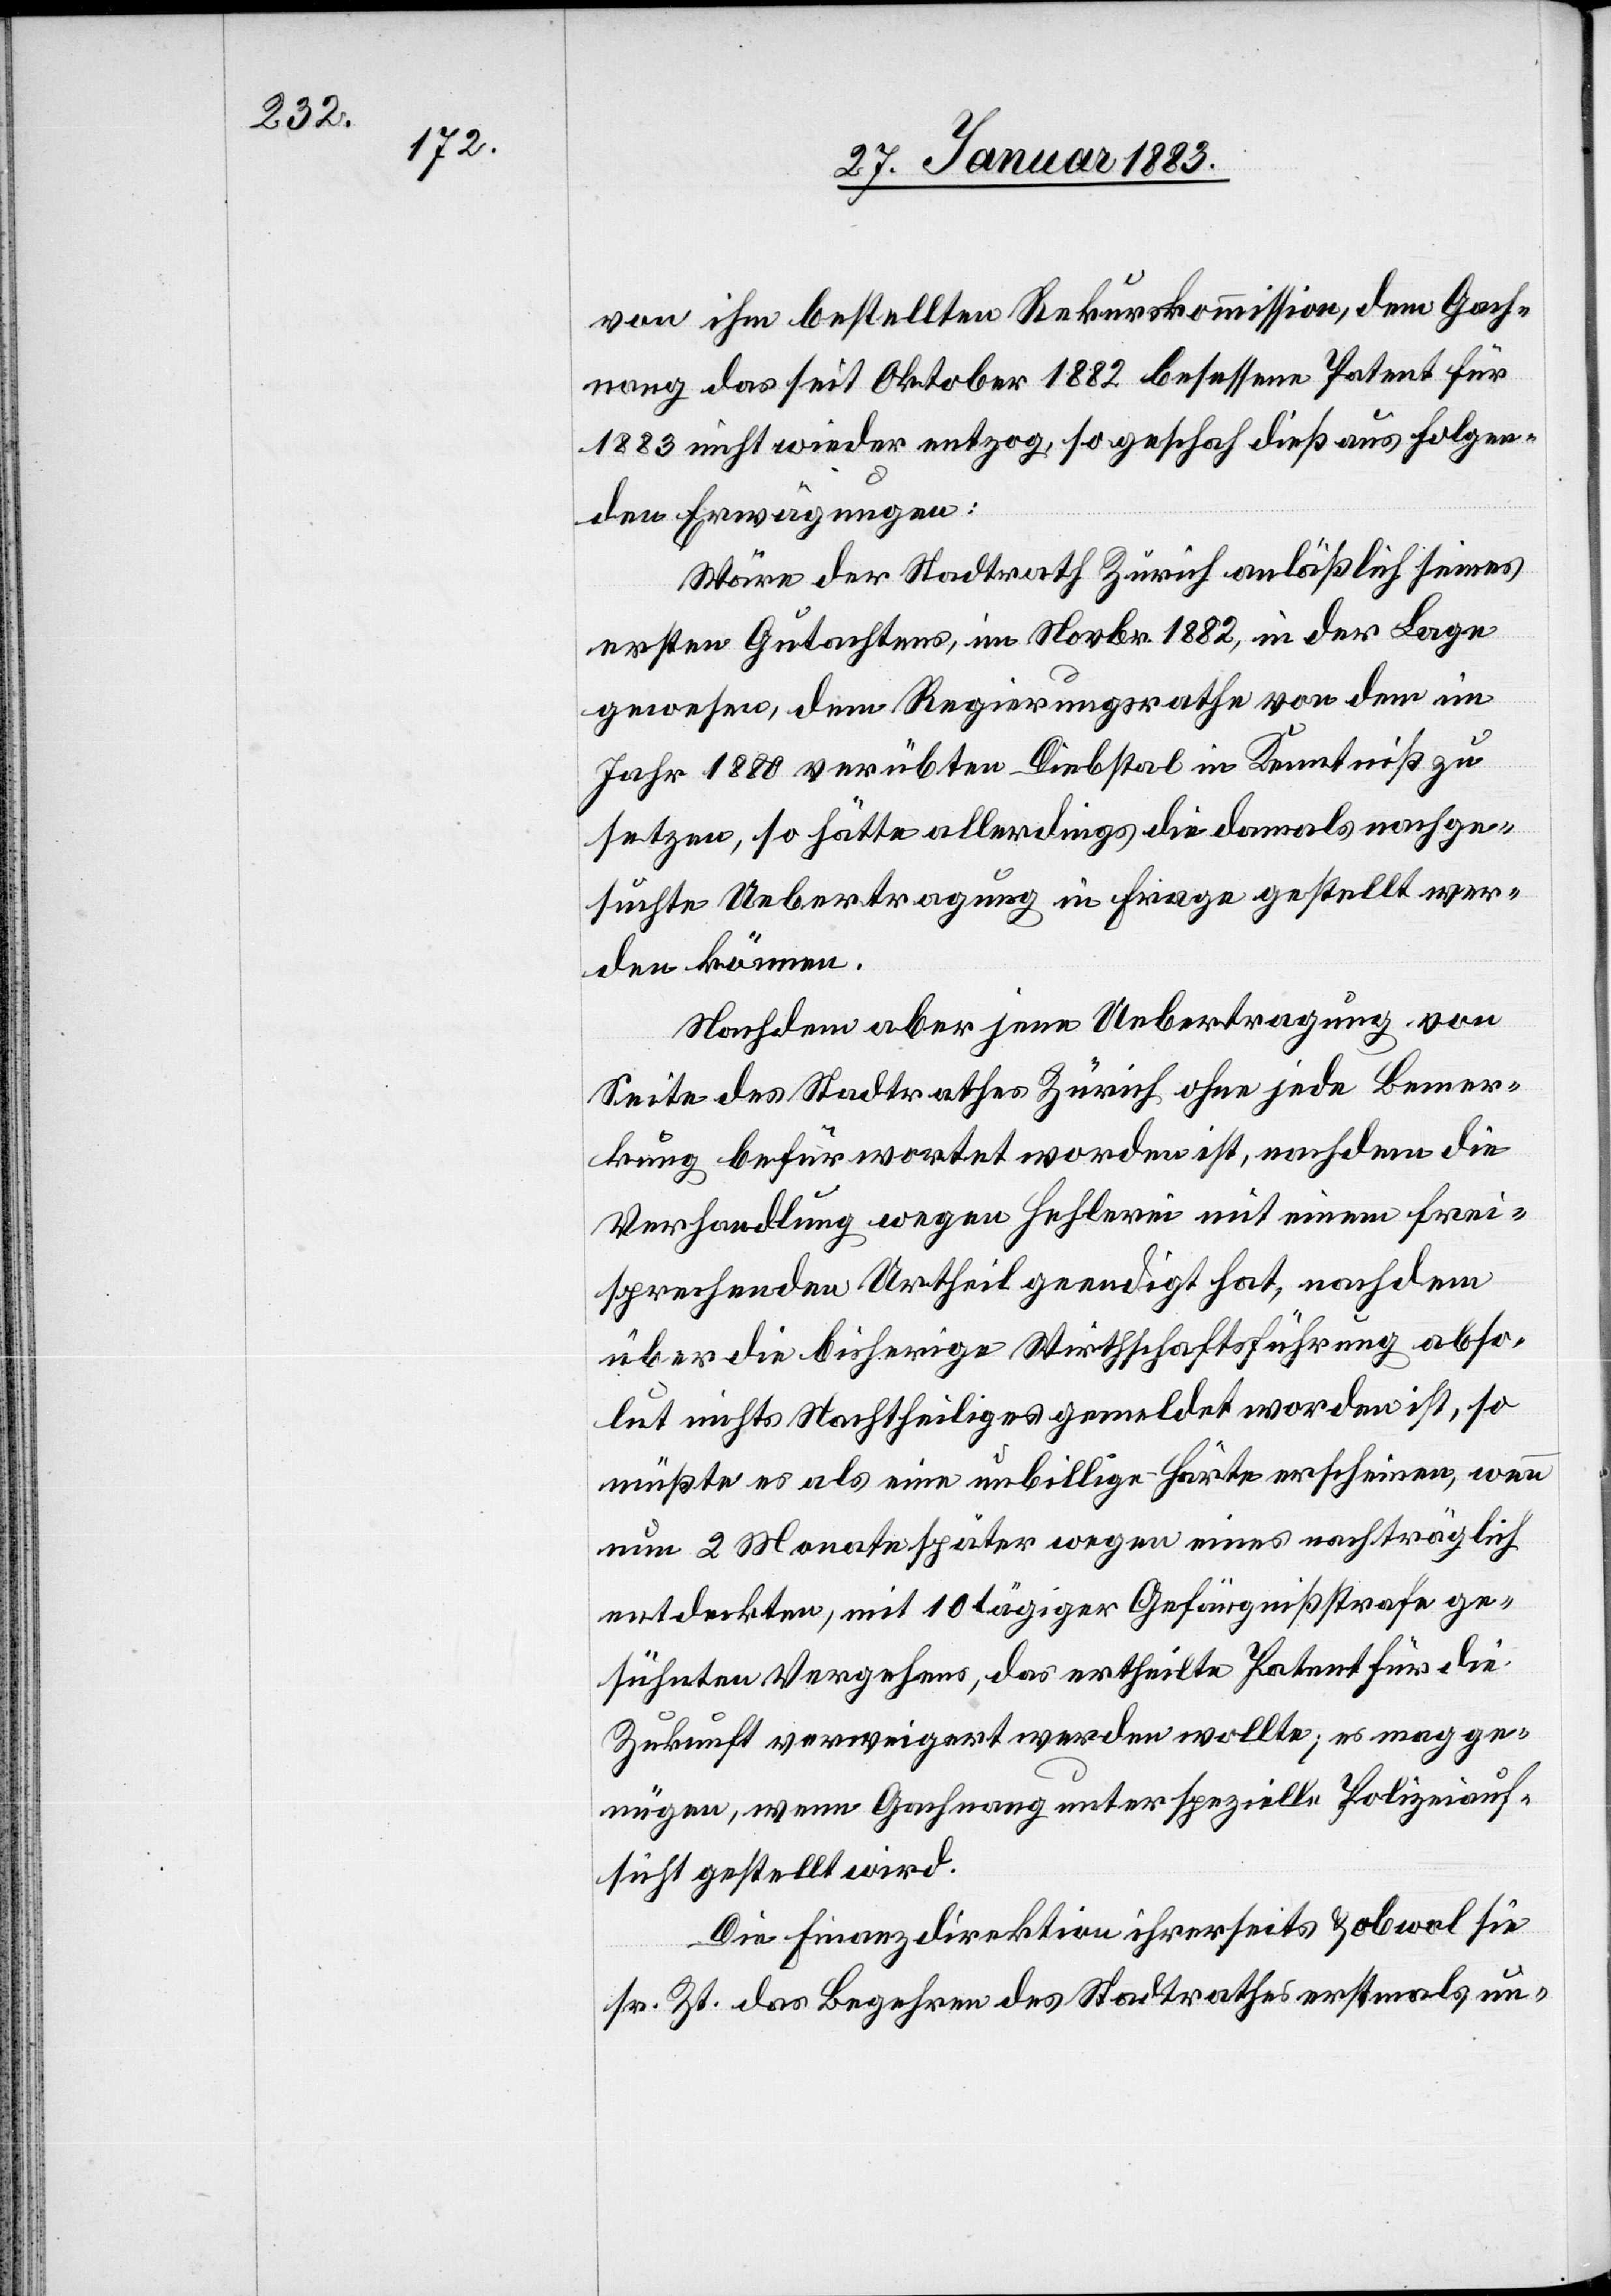
von ihm bestellten Rekurskommission, dem Gach¬
nang das seit Oktober 1882 besessene Patent für
1883 nicht wieder entzog, so geschah dieß aus folgen¬
den Erwägungen:
Wäre der Stadtrath Zürich anläßlich seines
ersten Gutachtens, im Novbr. 1882, in der Lage
gewesen, dem [sic!] Regierungsrathe von dem im
Jahr 1880 verübten Diebstal in Kenntniß zu
setzen, so hätte allerdings die damals nachge¬
suchte Uebertragung in Frage gestellt wer¬
den können.
Nachdem aber jene Uebertragung von
Seite des Stadtrathes Zürich ohne jede Bemer¬
kung befürwortet worden ist, nachdem die
Verhandlung wegen Hehlerei mit einem frei¬
sprechenden Urtheil geendigt hat, nachdem
über die bisherige Wirthschaftsführung abso¬
lut nichts Nachtheiliges gemeldet worden ist, so
müßte es als eine unbillige Härte erscheinen, wenn
nun 2 Monate später wegen eines nachträglich
entdeckten, mit 10 tägiger Gefängnißstrafe ge¬
sühnten Vergehens, das ertheilte Patent für die
Zukunft verweigert werden wollte; es mag ge¬
nügen, wenn Gachnang unter spezielle Polizeiauf¬
sicht gestellt wird.
Die Finanzdirektion ihrerseits & obwol sie
sr. Zt. das Begehren des Stadtrathes erstmals un-